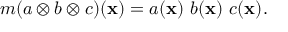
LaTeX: m ( a \otimes b \otimes c ) { ( { \bf x ) } } = a ( { \bf x } ) \, \, b ( { \bf x } ) \, \, c ( { \bf x } ) .